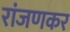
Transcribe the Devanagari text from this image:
रांजणकर